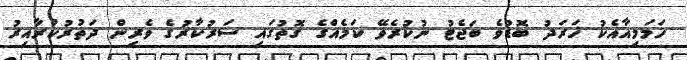
ހަމަމިއާއެކު ޚަރަދު ބޮޑުވެ ބަޖެޓު ނުކުރެވޭ ކަމެއްގެ ގޮތުގައި ސަރުކާރުގެ ވެރިން ދަތުރުކުރާއިރު